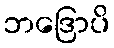
ဘဒြောပိ